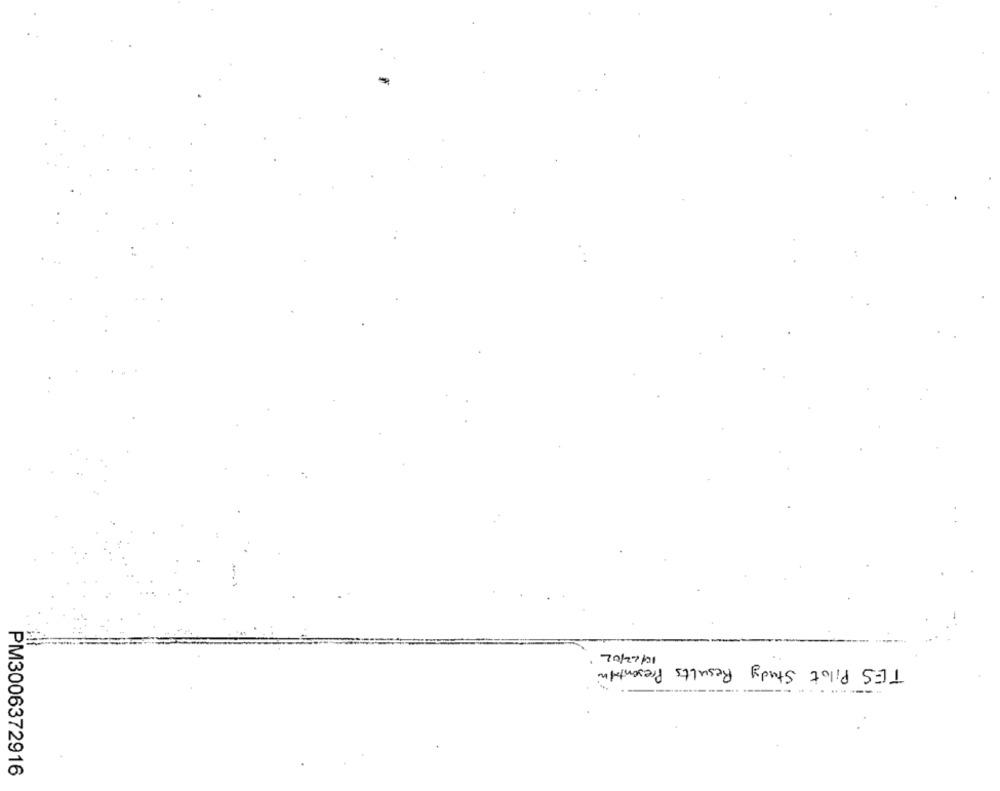
10/12/02
TES Pilot Study Results Presenting
PM3006372916